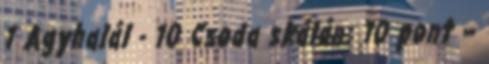
1 Agyhalál - 10 Csoda skálán: 10 pont –